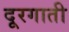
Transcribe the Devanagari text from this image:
दूरगाती